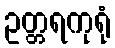
ဥတ္တရကုရုံ